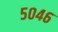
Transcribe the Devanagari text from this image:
५०४६